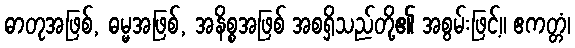
ဓာတုအဖြစ်, ဓမ္မအဖြစ်, အနိစ္စအဖြစ် အစရှိသည်တို့၏ အစွမ်းဖြင့်။ ဧကတ္တံ၊